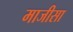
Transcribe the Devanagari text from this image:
माजीसा